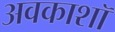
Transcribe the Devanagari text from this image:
अवकाशॉ